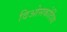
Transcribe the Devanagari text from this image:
दिओसकोर्दिया